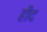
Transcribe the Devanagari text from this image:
हींद